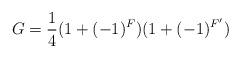
LaTeX: \begin{align*}G = \frac{1}{4} (1 + (-1)^F)(1 + (-1)^{F'})\end{align*}